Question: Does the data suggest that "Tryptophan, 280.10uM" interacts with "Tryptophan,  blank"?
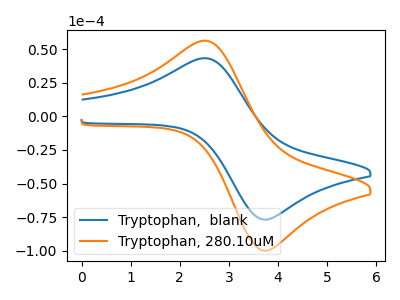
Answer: <think>The blue curve "Tryptophan,  blank" has an anodic peak at (2.50V, 43.25uA) and a cathodic peak at (3.70V, -76.80uA). The orange curve "Tryptophan, 280.10uM" has an anodic peak at (2.50V, 56.30uA) and a cathodic peak at (3.70V, -99.95uA).
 All the peaks in "Tryptophan, 280.10uM" have a peak in "Tryptophan,  blank" at the same potential. Every peak in "Tryptophan, 280.10uM" is higher than every peak in "Tryptophan,  blank".</think>
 <answer>No, "Tryptophan, 280.10uM" and "Tryptophan,  blank" don't appear to be significantly different in shape</answer>
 <eval>no_change</eval>